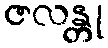
ဇလန္တု